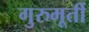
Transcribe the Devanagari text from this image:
गुरुमूर्ती